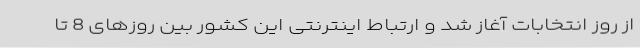
از روز انتخابات آغاز شد و ارتباط اینترنتی این کشور بین روزهای 8 تا